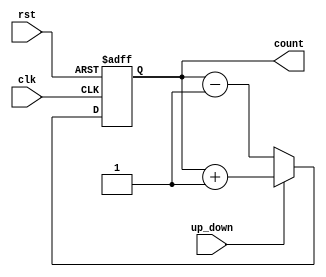
module up_down_counter (
    input wire clk,
    input wire rst,
    input wire up_down,
    output reg [7:0] count
);

always @(posedge clk or posedge rst)
begin
    if (rst)
        count <= 8'b00000000;
    else if (up_down)
        count <= count + 1;
    else
        count <= count - 1;
end

endmodule